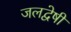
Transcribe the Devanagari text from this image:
जलद्वेषी